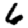
Digit: 6